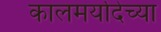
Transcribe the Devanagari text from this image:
कालमर्यादेच्या